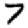
Digit: 7